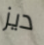
ديز